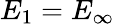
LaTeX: E_{1}=E_{\infty}